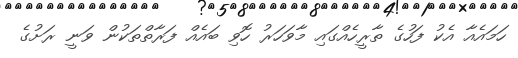
ހަމައެއާ އެކު ފަހުގެ ތާރީހެއްގައި މާވަހަރު ހޮވި ބައެއް ފަރާތްތަކުން ވަނީ ރަށުގެ